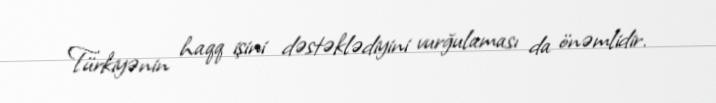
Türkiyənin haqq işini dəstəklədiyini vurğulaması da önəmlidir.